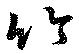
竹